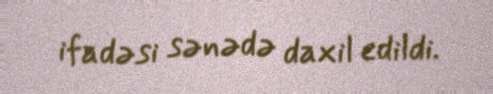
ifadəsi sənədə daxil edildi.